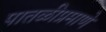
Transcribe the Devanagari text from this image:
पातळीप्रमाणे